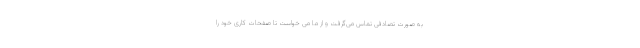
به صورت تصادفی تماس می‌گرفت و از ما می خواست تا صفحات کاری خود را